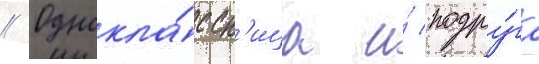
// Однокла́ссн'ица и́ подру́га